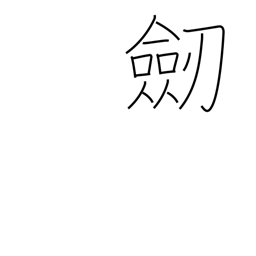
Meaning: sword